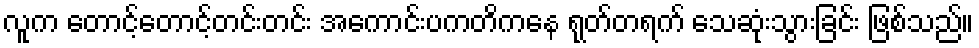
လူက တောင့်တောင့်တင်းတင်း အကောင်းပကတိကနေ ရုတ်တရက် သေဆုံးသွားခြင်း ဖြစ်သည်။